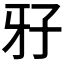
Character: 𤘅